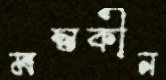
মস্তকীন